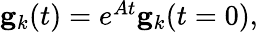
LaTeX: \begin{array}{r}{\mathbf{g}_{k}(t)=e^{At}\mathbf{g}_{k}(t=0),}\end{array}